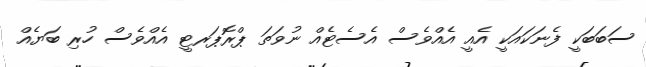
ސަބަބަކީ ފެނަކައަކީ އެއީ އެއްވެސް އެސެޓެއް ނުވަތަ ޕްރޮޕަރޓީ އެއްވެސް ހުރި ބަޔެއް